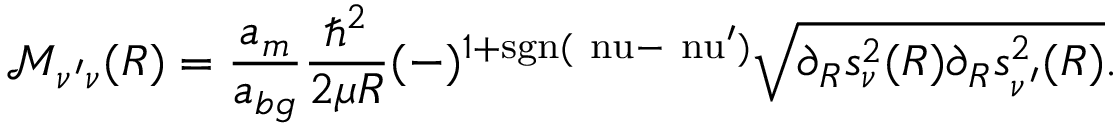
\mathcal { M } _ { \nu ^ { \prime } \nu } ( R ) = \frac { a _ { m } } { a _ { b g } } \frac { \hbar ^ { 2 } } { 2 \mu R } ( - ) ^ { 1 + \mathrm { { s g n } ( \ n u - \ n u ^ { \prime } ) } } \sqrt { \partial _ { R } s _ { \nu } ^ { 2 } ( R ) \partial _ { R } s _ { \nu ^ { \prime } } ^ { 2 } ( R ) } .